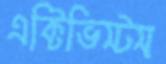
এক্টিভিস্টস